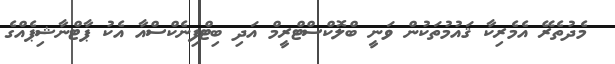
މެދުތެރޭ އެމެރިކާ ޤައުމުތަކުން ވަނީ ބްލޮކްސްޓްރީމް އަދި ބިޓްފިނެކްސްއާ އެކު ޕާޓްނާޝިޕެއްގެ